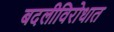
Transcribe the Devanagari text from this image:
बदलीविरोधात